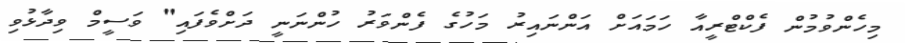
މިހެންވުމުން ފެކްޓްރީއާ ހަމައަށް އަންނައިރު މަހުގެ ފެންވަރު ހުންނަނީ ދަށްވެފައި" ވަސީމް ވިދާޅުވި